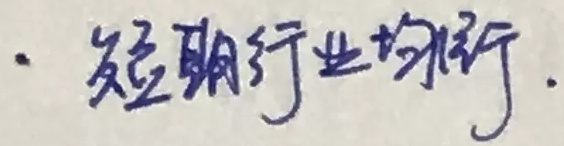
· 短期行业均衡.